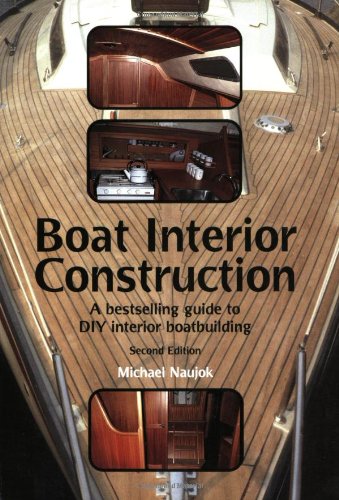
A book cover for Boat Interior Construction: A Bestselling Guide to Do It Yourself Boatbuilding; Michael Naujok; Engineering & Transportation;